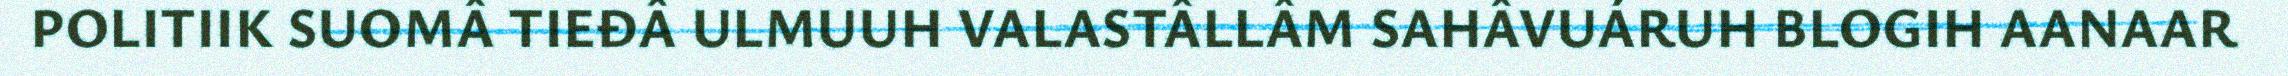
POLITIIK SUOMÂ TIEĐÂ ULMUUH VALASTÂLLÂM SAHÂVUÁRUH BLOGIH AANAAR